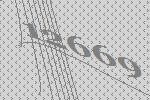
12669